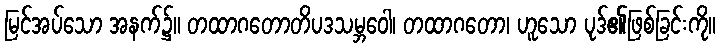
မြင်အပ်သော အနက်၌။ တထာဂတောတိပဒသမ္ဘဝေါ၊ တထာဂတော၊ ဟူသော ပုဒ်၏ဖြစ်ခြင်းကို။